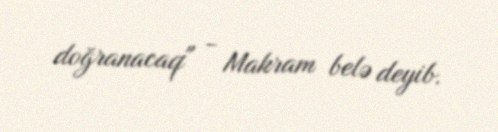
doğranacaq" - Makram belə deyib.